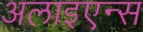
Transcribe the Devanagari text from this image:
अलाइएन्स